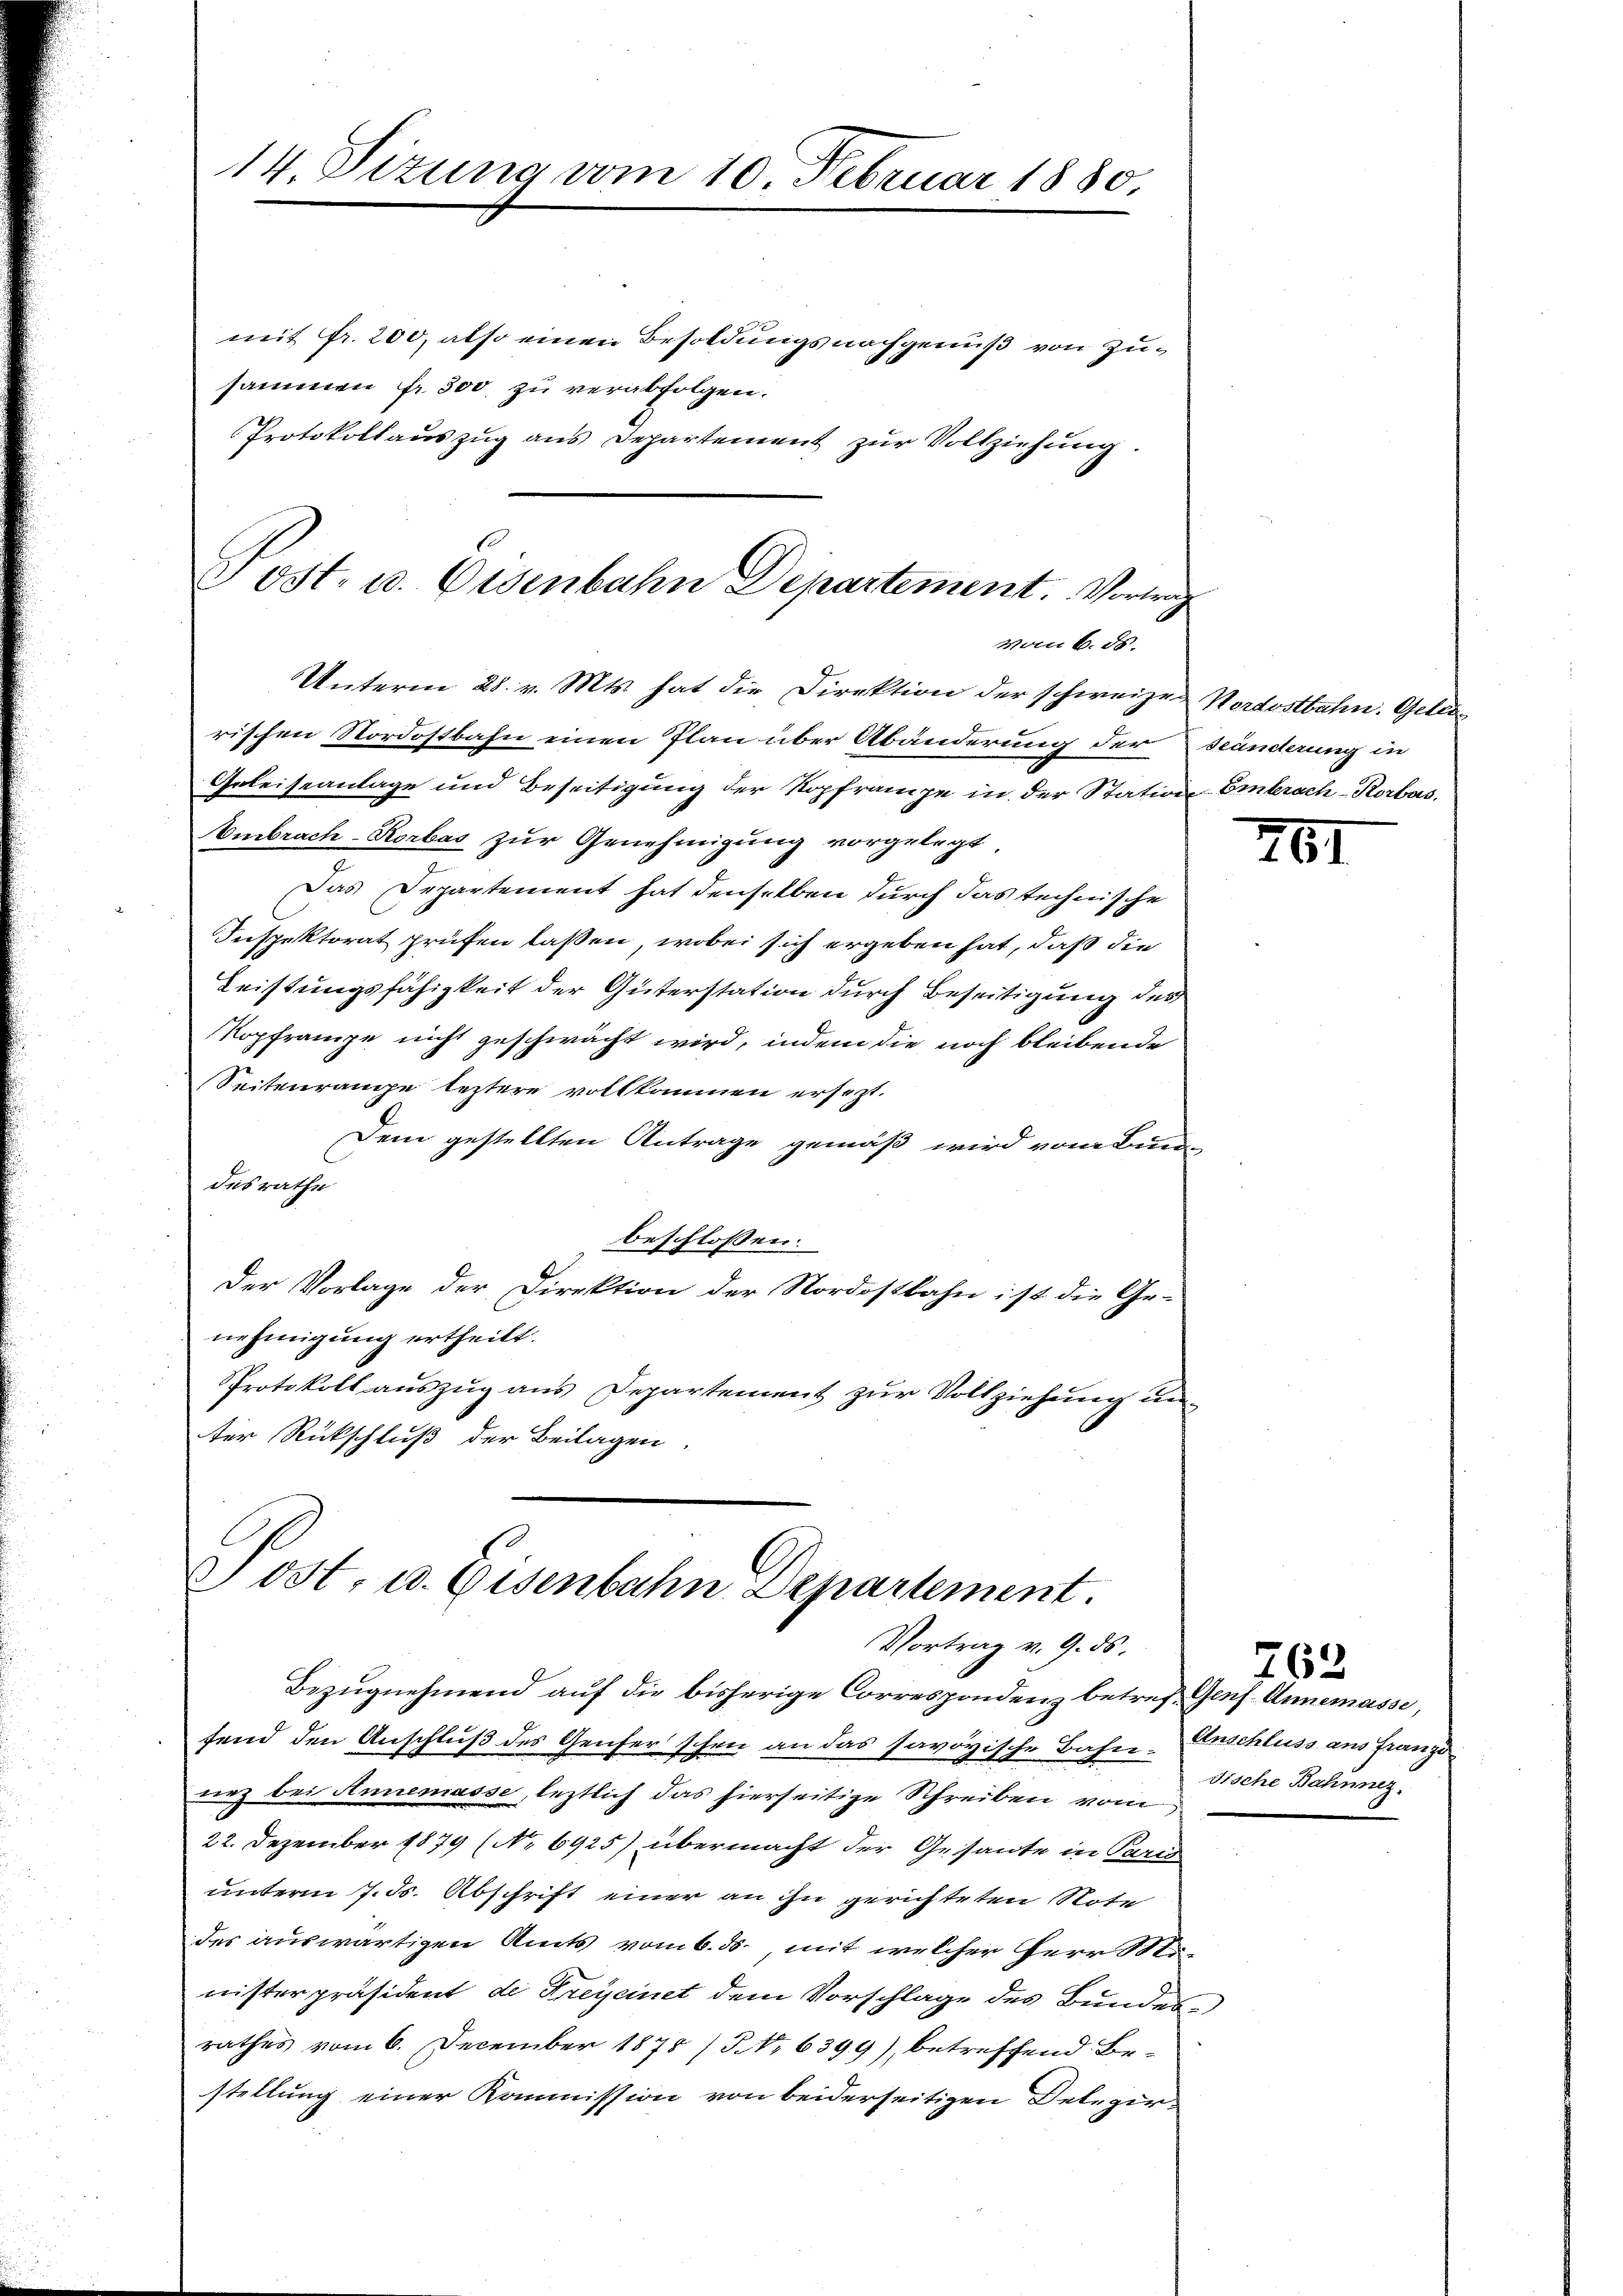
14. Sizung vom 10. Februar 1880.

mit Fr. 200, also einen Besoldungsnachgenuß von Zusammen fr. 300 zu verabfolgen.
Protokollauszug aus Departement zŭr Vollziehung.

Tost. u. Osenbahn Departement. Vortrag
vom 6. ds.

Post, u. Eisenbahn Departement.
Vortrag v. 9. ds.

rischen Nordostbahn einen Plan über Abänderung der Händerung in
Geleiseanlage und Beseitigung der Kopframpe in der Station Embrach-Rorbas,
Embrach-Rorbas zur Genehmigung vorgelegt,
Das Departement hat denselben durch das technische
Inspektorat prüfen laßen, wobei sich ergeben hat, daß die
Leistungsfähigkeit der Güterstation durch Beseitigung des
Kopframpe nicht geschwächt wird, indem die noch bleibende
Seitenrange leztere vollkommen ersezt.
Dem gestellten Antrage gemäß wird vom Bun
desrathe
beschlossen:
Der Vorlage der Direktion der Nordostbahn ist die Ge-
nehmigung ertheilt.
Protokoll aŭszŭg ans Departement zŭr Vollziehŭng ŭn-
ter Rückschluß der Beilagen.

Unterm 28. v. Mts. hat die Direktion der schweizer Nordostbahn. Gelie¬

Bezugnehmend auf die bisherige Correspondenz betreff Genf Annemasse,
fend den Anschluß des Genfer schon an das savoyische Bahn. Erschluss aus Franzi
nez bei Annemasse, leztlich das hierseitige Schreiben vom
22. Dezember 1879 (No 6925) übermacht der Gesante in Paris
unterm 7. ds. Abschrift einer an ihn gerichteten Note
des auswärtigen Amts vom 6. ds., mit welcher Herr Stunisterpräsident de Freycinet dem Vorschlage des Bundes
rathes vom 6. December 1878 / No 6399), betreffend Bestellung einer Kommission von beiderseitigen Delegir-

761

dische Bahnnez,

763.